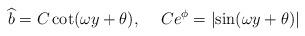
LaTeX: \begin{align*}\widehat{b} =C \cot(\omega y+\theta),\hskip.5cmC e^\phi=\left|\sin(\omega y+\theta)\right|\end{align*}